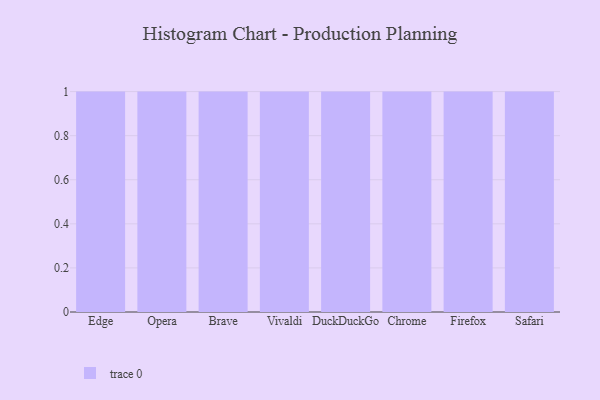
{"axis": {"x": "Browser", "y": "Demand Index"}, "legend": [""], "data": [{"x": "Edge", "y": 78, "type": ""}, {"x": "Opera", "y": 48, "type": ""}, {"x": "Brave", "y": 69, "type": ""}, {"x": "Vivaldi", "y": 27, "type": ""}, {"x": "DuckDuckGo", "y": 86, "type": ""}, {"x": "Chrome", "y": 51, "type": ""}, {"x": "Firefox", "y": 54, "type": ""}, {"x": "Safari", "y": 91, "type": ""}]}